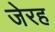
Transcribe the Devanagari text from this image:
जेरह